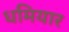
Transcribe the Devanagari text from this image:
धमियार